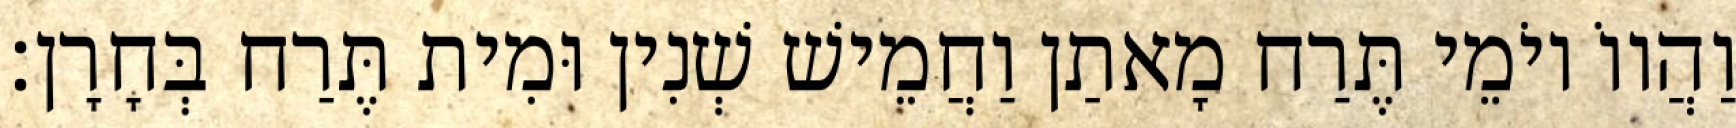
וַהֲווֹ יוֹמֵי תֶּרַח מָאתַן וַחֲמֵישׁ שְׁנִין וּמִית תֶּרַח בְּחָרָן׃